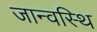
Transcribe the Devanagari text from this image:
जान्वस्थि